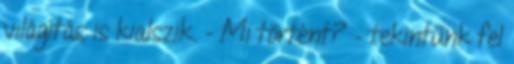
világítás is kialszik. - Mi történt? – tekintünk fel